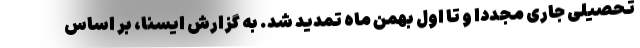
تحصیلی جاری مجددا و تا اول بهمن ماه تمدید شد. به گزارش ایسنا، بر اساس